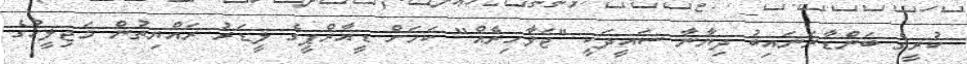
ކުރީގެ ބަންޑާރަނައިބު ދިޔާނާ ސައީދަކީ "ޖަވާހިރެއް" ކަމަށް ޑީއާރްޕީގެ ލީޑަރު ރައްޔިތުން މަޖިލީހުގެ